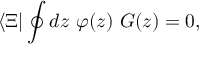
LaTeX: \langle \Xi | \oint d z \ \varphi ( z ) \ G ( z ) = 0 ,